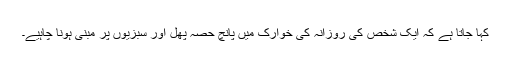
کہا جاتا ہے کہ ایک شخص کی روزانہ کی خوارک میں پانچ حصہ پھل اور سبزیوں پر مبنی ہونا چاہیے۔